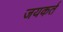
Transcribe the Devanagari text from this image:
जयकर्त